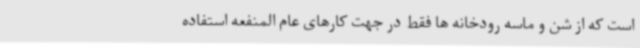
است که از شن و ماسه رودخانه ها فقط در جهت کارهای عام المنفعه استفاده